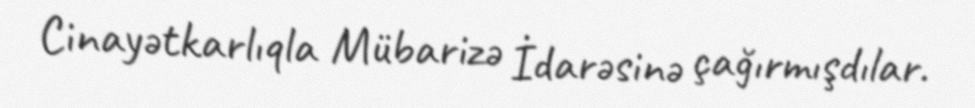
Cinayətkarlıqla Mübarizə İdarəsinə çağırmışdılar.